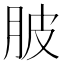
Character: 䏢